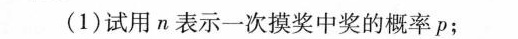
(1)试用n表示一次摸奖中奖的概率p；